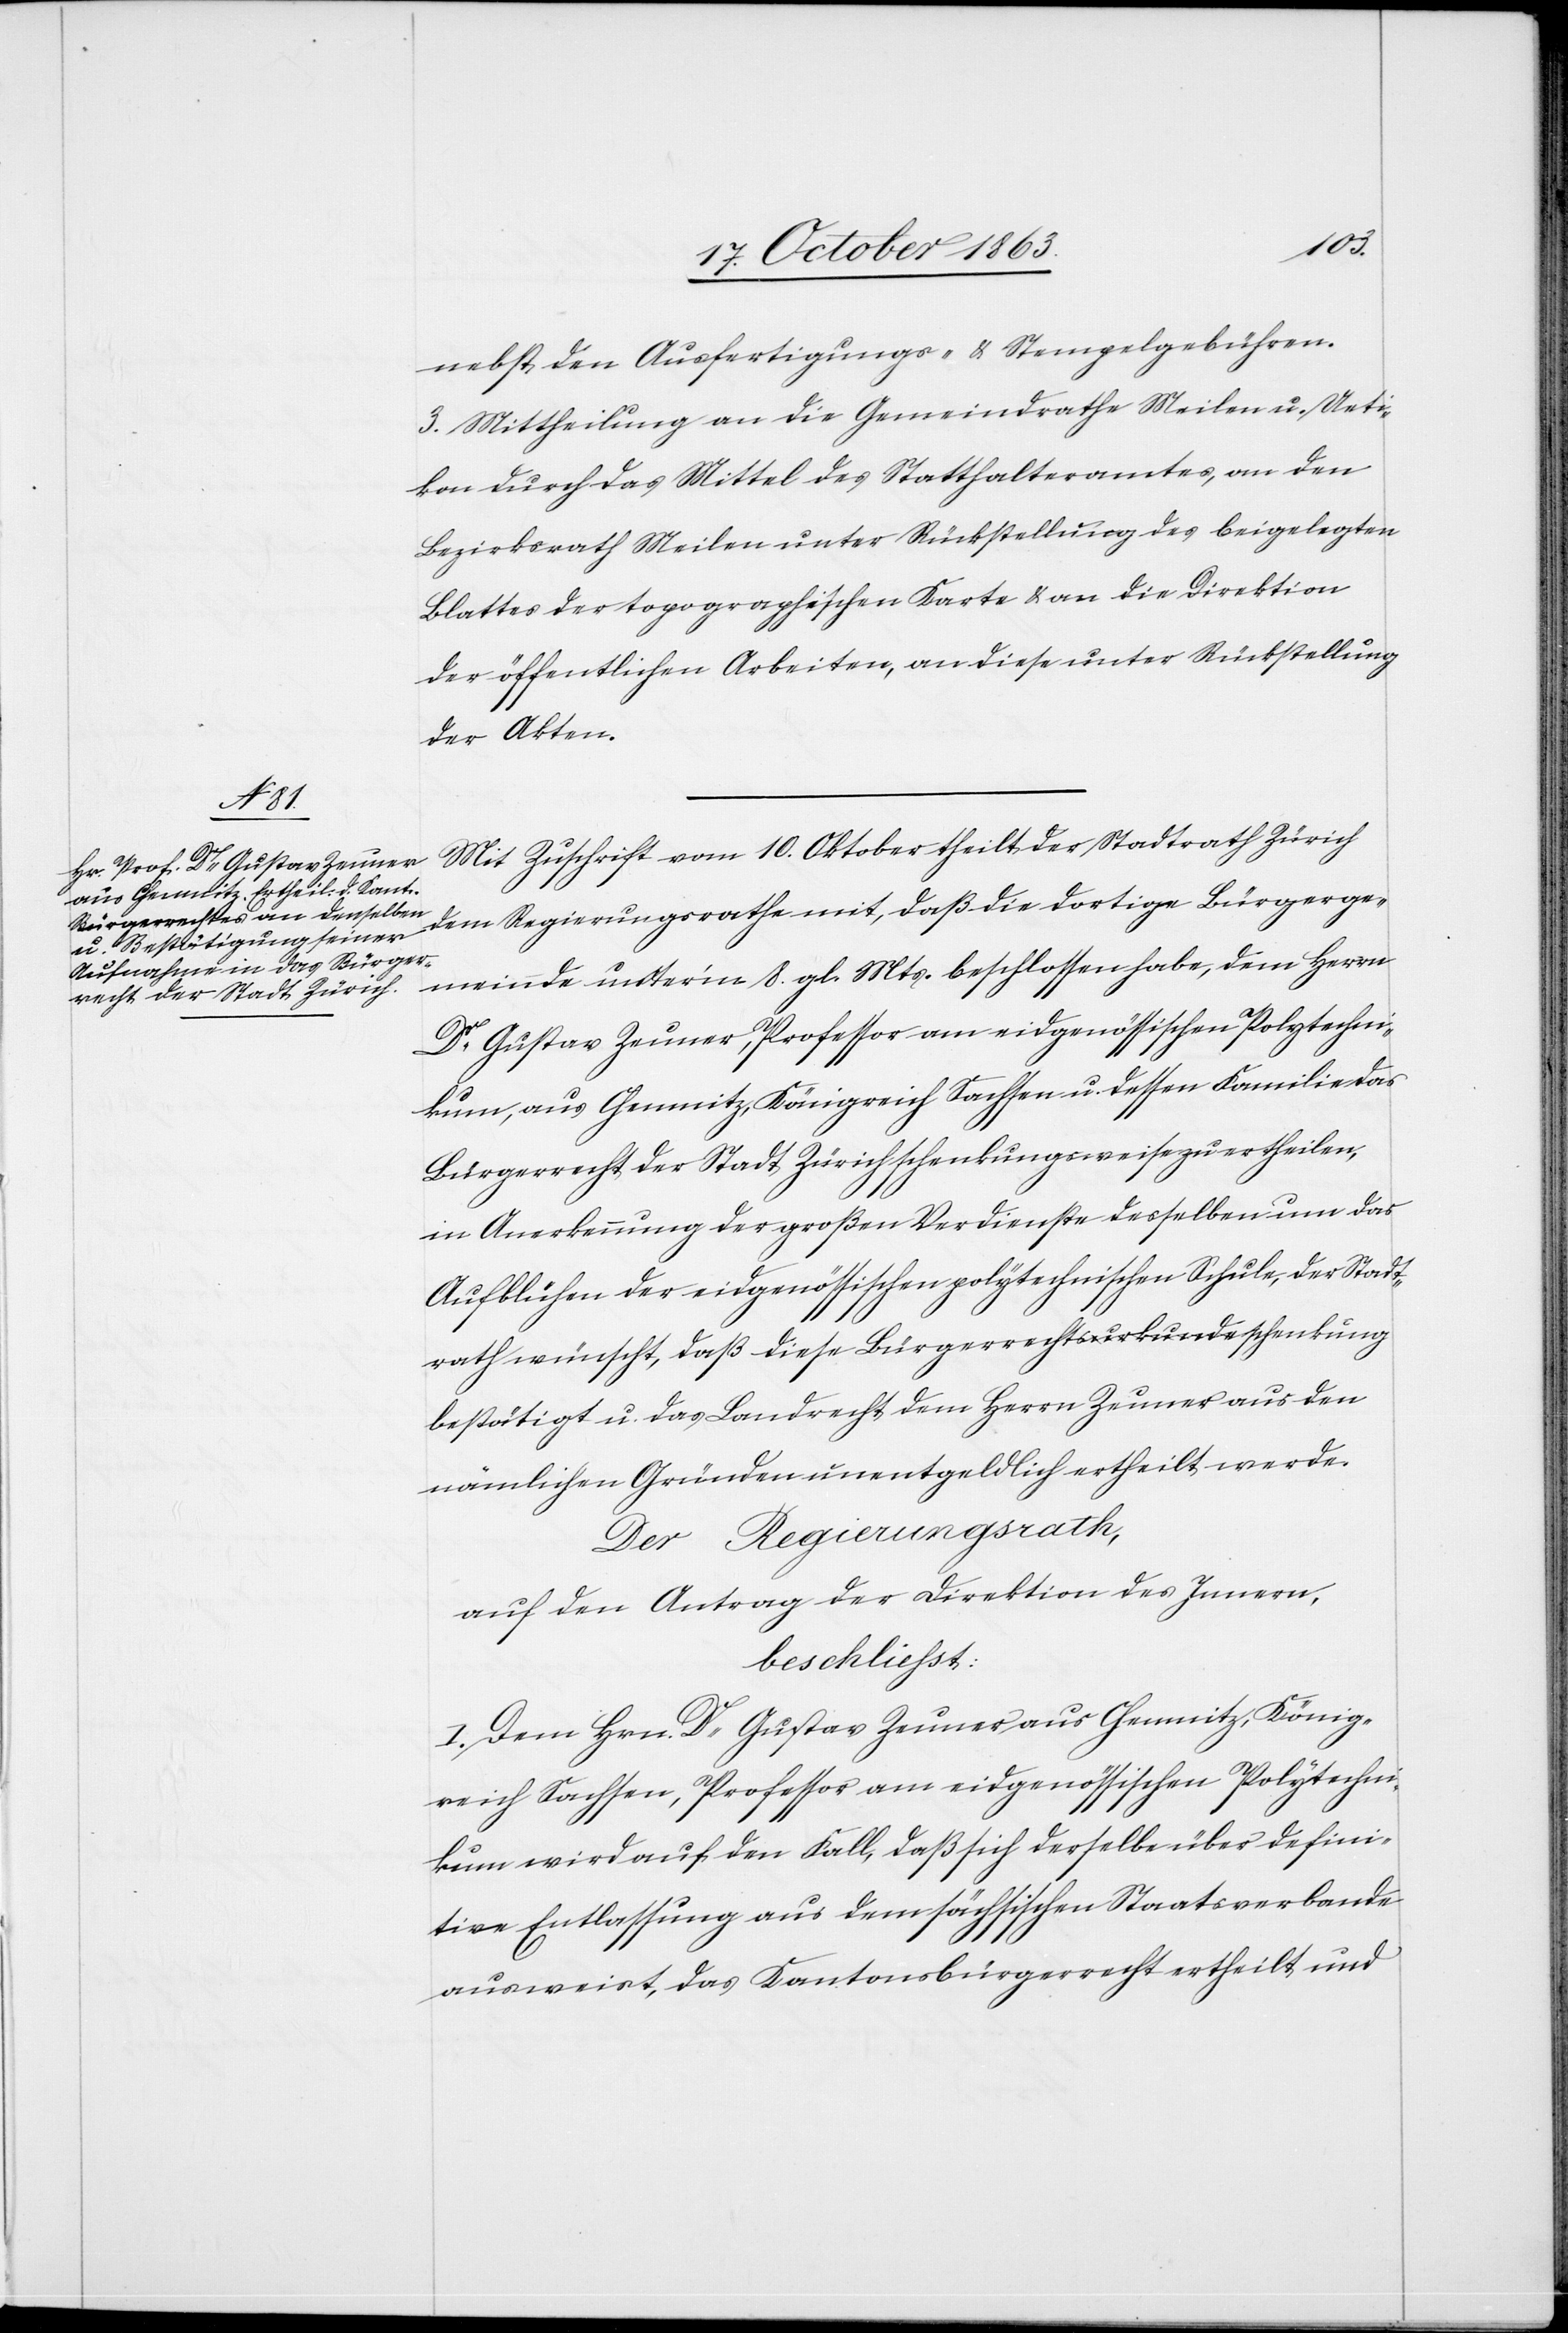
nebst den Ausfertigungs- & Stempelgebühren.
3. Mittheilung an die Gemeindrathe [sic!] Meilen u. Ueti¬
kon durch das Mittel des Statthalteramtes, an den
Bezirksrath Meilen unter Rückstellung des beigelegten
Blattes der topographischen Karte & an die Direktion
der öffentlichen Arbeiten, an diese unter Rückstellung
der Akten.
Mit Zuschrift vom 10. Oktober theilt der Stadtrath Zürich
dem Regierungsrathe mit, daß die dortige Bürgerge¬
meinde unter'm 8. gl. Mts. beschlossen habe, dem Herrn
Dr Gustav Zeuner, Professor am eidgenössischen Polytechni¬
kum, aus Chemnitz, Königreich Sachsen u. dessen Familie das
Bürgerrecht der Stadt Zürich schenkungsweise zu ertheilen,
in Anerkennung der großen Verdienste desselben um das
Aufblühen der eidgenössischen polytechnischen Schule, der Stadt¬
rath wünscht, daß diese Bürgerrechtsa urkunde schenkung-a
bestätigt u. das Landrecht dem Herrn Zeuner aus den
nämlichen Gründen unentgeldlich ertheilt werde.
Der Regierungsrath,
auf den Antrag der Direktion des Innern,
beschließt:
I. Dem Hern. Dr Gustav Zeuner aus Chemnitz, König¬
reich Sachsen, Professor am eidgenössischen Polytechni¬
kum wird auf den Fall, daß sich derselbe über defini¬
tive Entlassung aus dem sächsischen Staatsverbande
ausweist, das Kantonsbürgerrecht ertheilt und